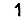
Digit: 1